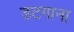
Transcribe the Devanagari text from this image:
डटगाना